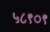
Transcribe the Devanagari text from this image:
५८९०९